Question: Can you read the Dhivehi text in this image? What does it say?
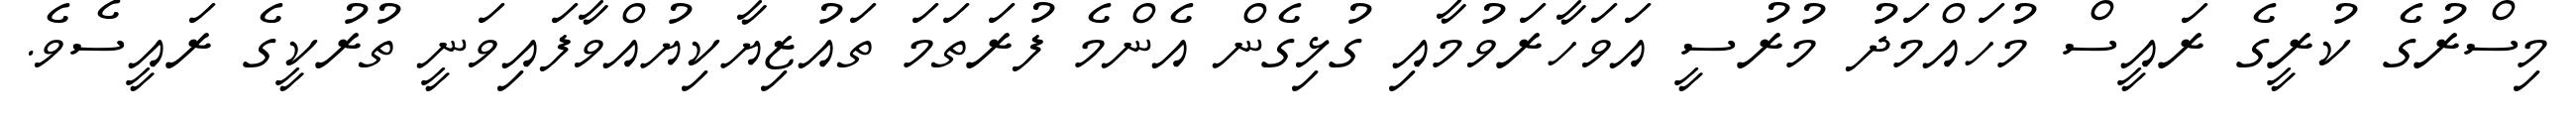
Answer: މިސްރުގެ ކުރީގެ ރައީސް މުހައްމަދު މުރުސީ އަވަހާރަވުމާއި ގުޅިގެން އެންމެ ފުރަތަމަ ތައުޒިޔާކިޔުއްވާފައިވަނީ ތުރުކީގެ ރައީސެވެ.